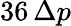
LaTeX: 36\, \Delta p